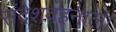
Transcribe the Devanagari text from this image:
संदेशवहनाला